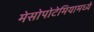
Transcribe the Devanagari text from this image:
मेसोपोटेमियामध्ये